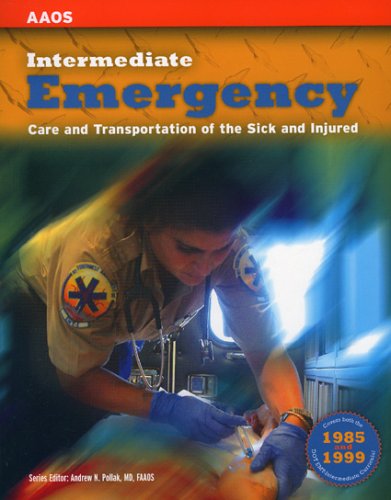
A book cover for Intermediate: Emergency Care and Transportation of the Sick and Injured; Rhonda Beck; Medical Books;